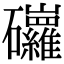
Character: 𥗿